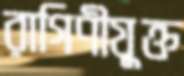
রাগিণীযুক্ত